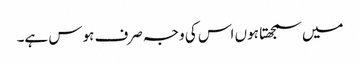
میں سمجھتا ہوں اس کی وجہ صرف ہوس ہے۔